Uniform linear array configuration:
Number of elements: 24
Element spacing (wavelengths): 0.75
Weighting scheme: hamming
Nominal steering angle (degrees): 0
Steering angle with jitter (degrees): -1.891
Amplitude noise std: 0.05
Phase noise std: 0.05

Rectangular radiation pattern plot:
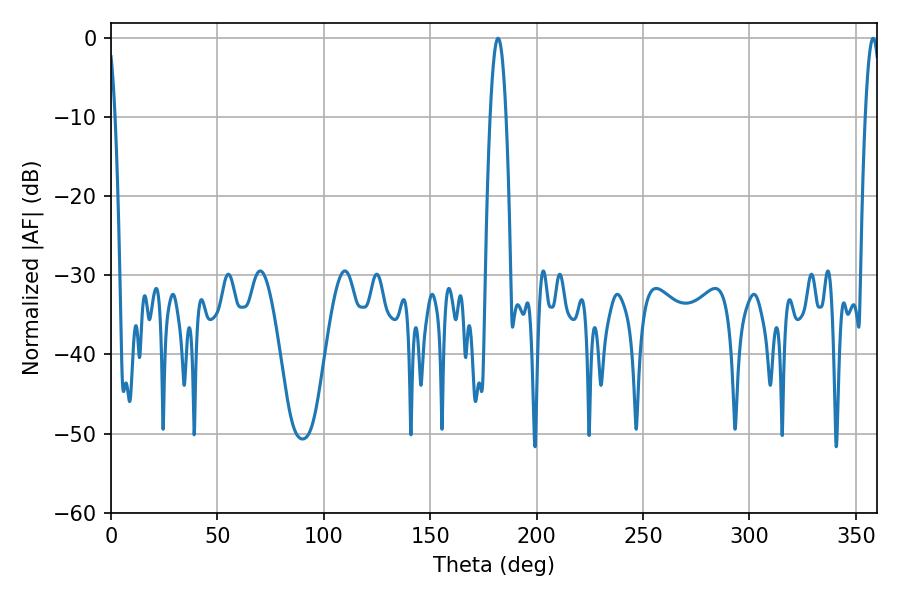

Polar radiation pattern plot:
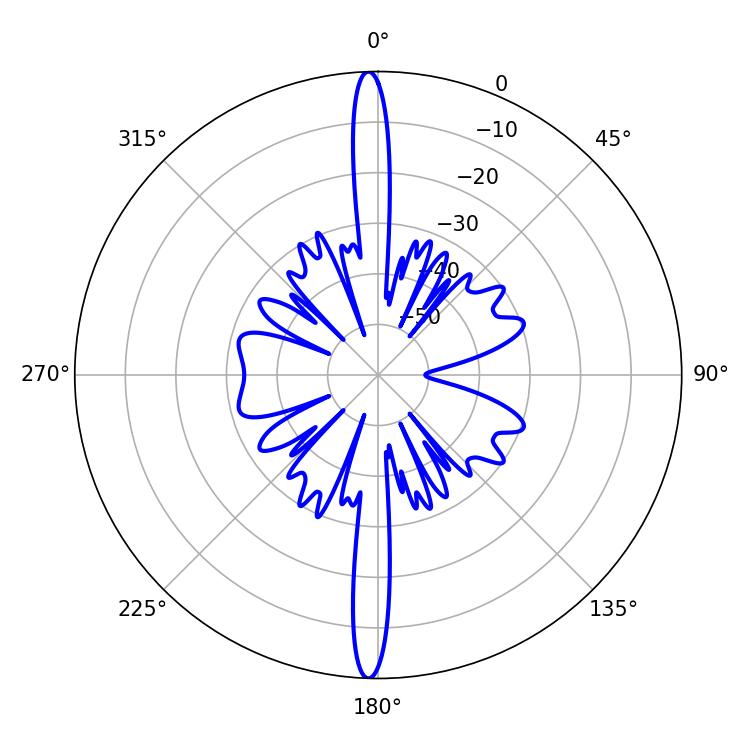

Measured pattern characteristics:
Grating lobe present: TRUE
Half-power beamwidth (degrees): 3.96
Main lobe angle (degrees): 358.2